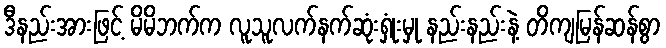
ဒီနည်းအားဖြင့် မိမိဘက်က လူသူလက်နက်ဆုံးရှုံးမှု နည်းနည်းနဲ့ တိကျမြန်ဆန်စွာ